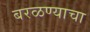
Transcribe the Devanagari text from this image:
बरळण्याचा